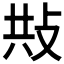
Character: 𢼦